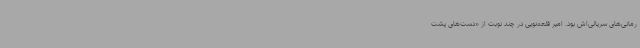
رمانی‌های سریالی‌اش بود. امیر قلعه‌نویی در چند نوبت از «دست‌های پشت